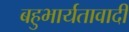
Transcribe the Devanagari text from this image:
बहुभार्यतावादी